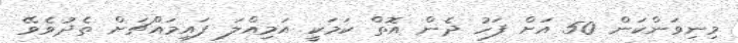
މިނިވަންކަން 50 އަށް ފަހު ދެން އޮތް ކަމަކީ އަމިއްލަ ފައިމައްޗަށް ތެދުވެވޭ